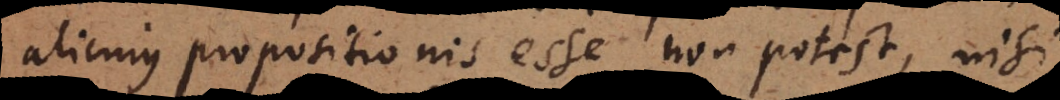
alicujus propositionis esse non potest, nisi